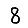
Digit: 8